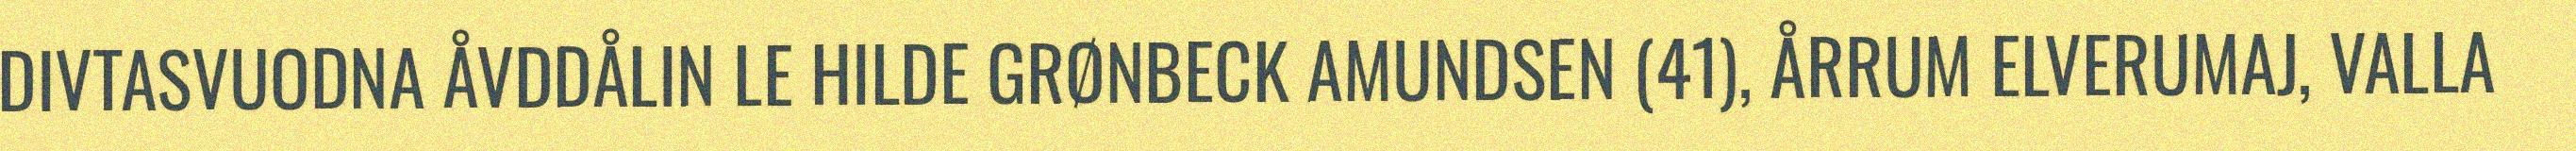
DIVTASVUODNA ÅVDDÅLIN LE HILDE GRØNBECK AMUNDSEN (41), ÅRRUM ELVERUMAJ, VALLA